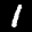
Label: 1